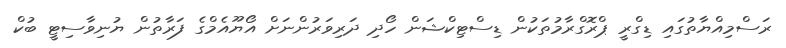
ރަސްމިއްޔާތުގައި ޑިގްރީ ޕްރޮގްރާމުތަކުން ޑިސްޓިކްޝަން ހޯދި ދަރިވަރުންނަށް އޯޔޫއެމްގެ ފަރާތުން ޔުނިވާސިޓީ ބުކް